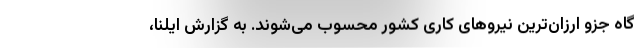
گاه جزو ارزان‌ترین نیروهای کاری کشور محسوب می‌شوند. به گزارش ایلنا،